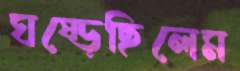
ঘষ্‌ড়েছিলেম